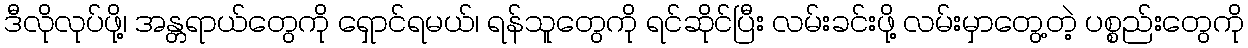
ဒီလိုလုပ်ဖို့၊ အန္တရာယ်တွေကို ရှောင်ရမယ်၊ ရန်သူတွေကို ရင်ဆိုင်ပြီး လမ်းခင်းဖို့ လမ်းမှာတွေ့တဲ့ ပစ္စည်းတွေကို